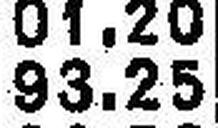
93.25